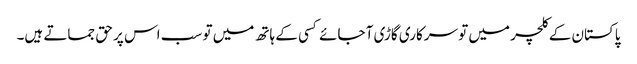
پاکستان کے کلچر میں تو سرکاری گاڑی آ جائے کسی کے ہاتھ میں تو سب اس پر حق جماتے ہیں۔